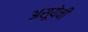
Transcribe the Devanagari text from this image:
असूयेची